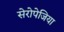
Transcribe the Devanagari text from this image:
सेरोपेजिया